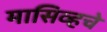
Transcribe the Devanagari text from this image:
मासिव्हचे